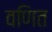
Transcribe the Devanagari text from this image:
वणित